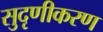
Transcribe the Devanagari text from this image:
सुदृणीकरण